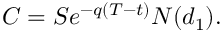
C = S e ^ { - q ( T - t ) } N ( d _ { 1 } ) .